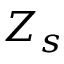
Z _ { s }